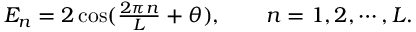
\begin{array} { r } { E _ { n } = 2 \cos ( \frac { 2 \pi n } { L } + \theta ) , \qquad n = 1 , 2 , \cdots , L . } \end{array}